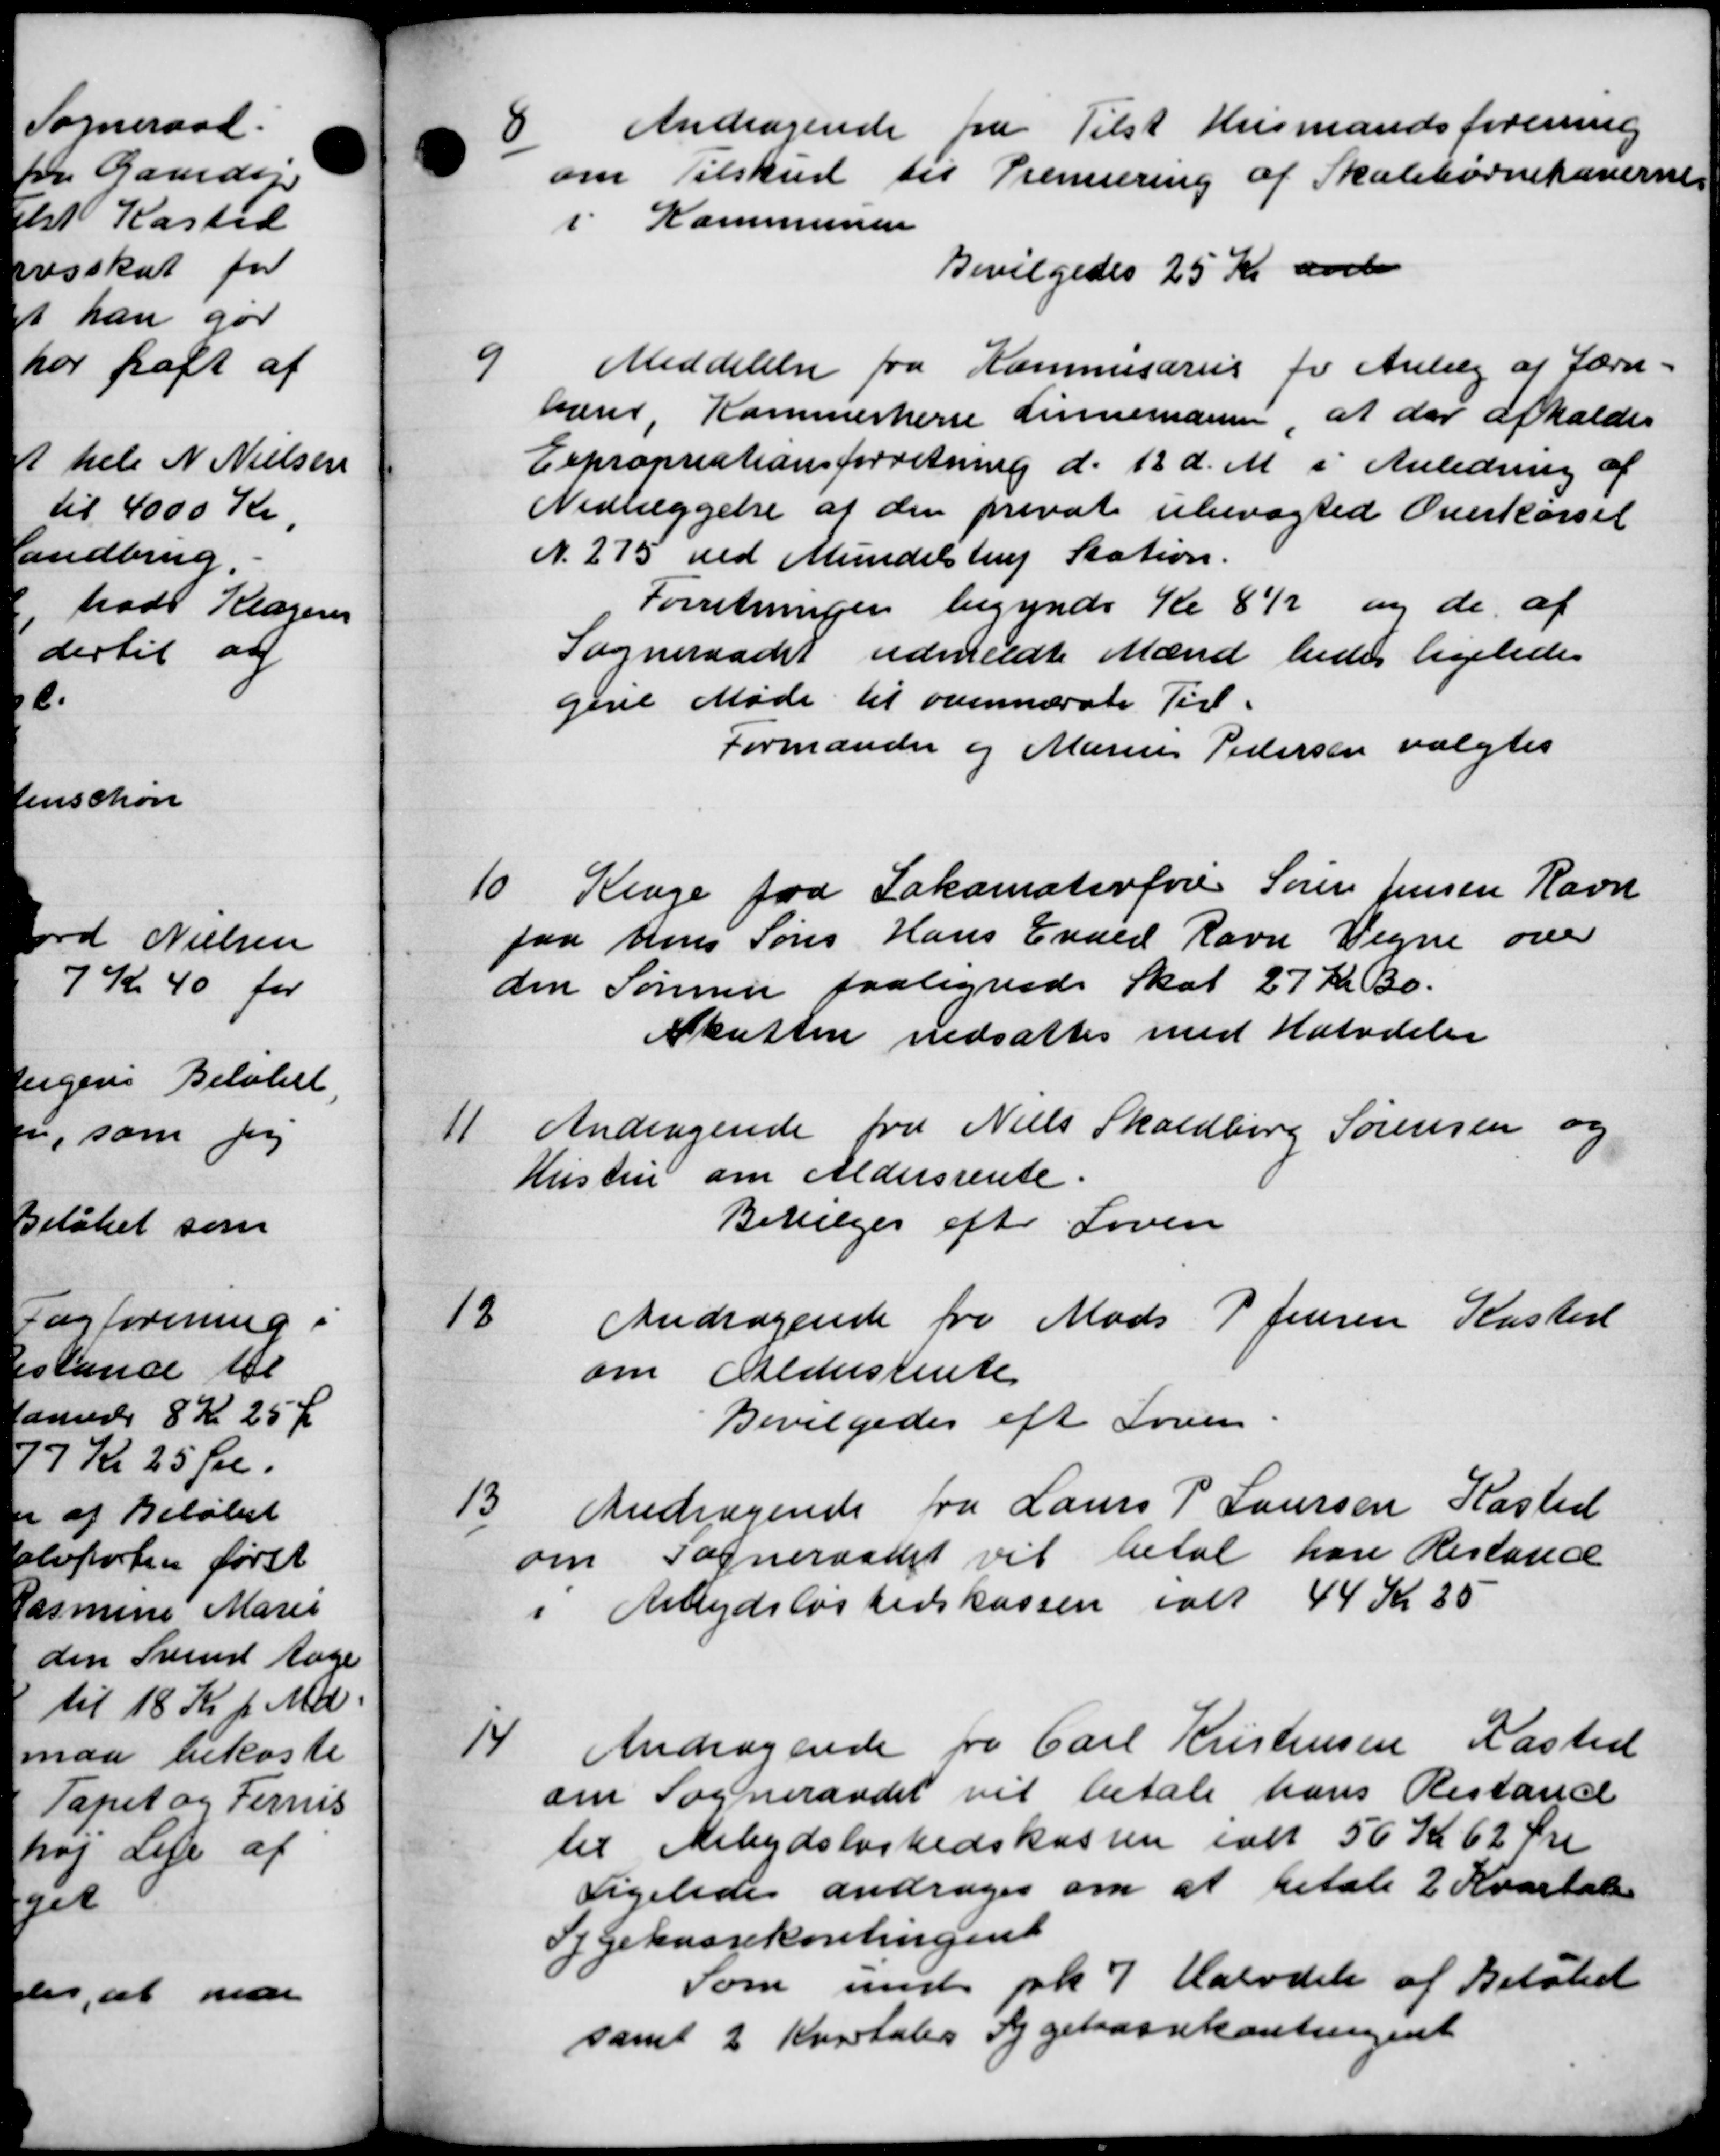
Transskription:
8
Andragende fra Tilst Husmandsforening
om Tilskud til Premiering af Skolebørnehaverne
i Kommunen
Bevilgedes 25 Kr aarl
9
Meddelelse fra Kommisarius for Anlæg af Lærn-
bærer Kommerherre Linnemann, at der afholdes
Expropriationsforretning d. 12 d. M. i Anledning af
Nedlæggelse af den privat ubevægted Overkørsel
N. 275 ved Mundelstrup Station.
Forretningen begynde Kl 8½ og de af
Sogneraadet udmeldte Mænd bedes ligeledes
give Møde til ovennævnte Tir
Formanden og Marius Pedersen valgtes
10
Klage fra Lakamaterføres Søren Jensen Ravn
fra Hans Søns Hans Evald Ravn Vegne over
den Sørenen paalignede Skat 27 Kr. Bo
Skatten nedsattes med Halvdeler
11.
Andragende fra Niels Skaldborg Sørensen og
Hustru om Aldersrente.
Bevilges efter Loven
13
Andragende fra Mads P Jensen Kaster
om Aldersrente
Bevilgedes eft Loven
13
Andragende fra Laurs P Laursen Kasted
om Sogneraadet vil betal han Restance
Arbejdsløshedskassen ialt 44 Kr 25
14
Andragende fra Carl Kristensen Kasted
om Sogneraadet vil betale hans Restance
til Arbejdsløshedskassen ialt 56 Kr 62 Øre
Ligeledes andrager om at betale 2 Kvartale
Sygekassekontingent
Som med for 7 Halvdele af Beløbet
samt 2 Kvartales Sygekassekontingent